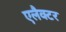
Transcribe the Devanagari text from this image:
एलैक्टर